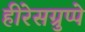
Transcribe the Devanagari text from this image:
हीरेसग्रुप्पे